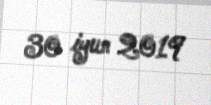
30 iyun 2019